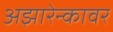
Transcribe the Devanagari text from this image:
अझारेन्कावर